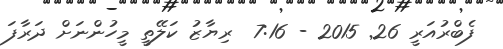
ފެބްރުއަރީ 26